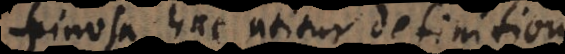
Spinosa hac utitur definitione